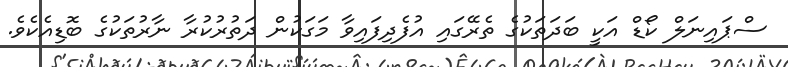
ސްޕައިނަލް ކޯޑް އަކީ ބަދަތަކުގެ ތެރޭގައި އުފެދިފައިވާ މަގަކުން ދަތުރުކުރާ ނާރުތަކުގެ ބޮޑިއެކެވެ.